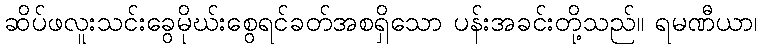
ဆိပ်ဖလူးသင်းခွေမိုဃ်းစွေရင်ခတ်အစရှိသော ပန်းအခင်းတို့သည်။ ရမဏီယာ၊